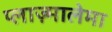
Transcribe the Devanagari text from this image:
प्लाज़्मालेमा